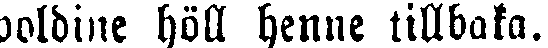
poldine höll henne tillbaka.